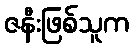
ဇနီးဖြစ်သူက